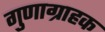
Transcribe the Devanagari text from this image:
गुणाग्राहक